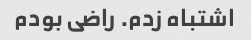
اشتباه زدم. راضی بودم